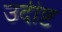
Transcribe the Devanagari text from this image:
उदीष्ट